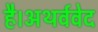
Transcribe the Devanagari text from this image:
है।अथर्ववेद